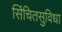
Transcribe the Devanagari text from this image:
सिंचितसुविधा